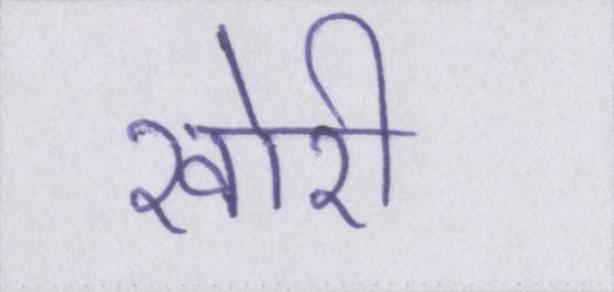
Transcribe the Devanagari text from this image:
खोरी